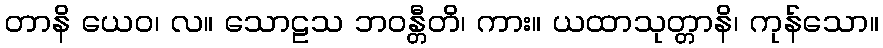
တာနိ ယေဝ၊ လ။ သောဠသ ဘဝန္တီတိ၊ ကား။ ယထာသုတ္တာနိ၊ ကုန်သော။